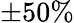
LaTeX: \pm 50\%